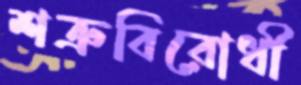
শত্রুবিরোধী